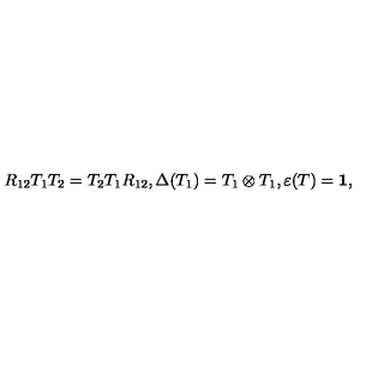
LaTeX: R _ { 1 2 } T _ { 1 } T _ { 2 } = T _ { 2 } T _ { 1 } R _ { 1 2 } , \Delta ( T _ { 1 } ) = T _ { 1 } \otimes T _ { 1 } , \varepsilon ( T ) = { \bf 1 } ,